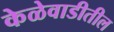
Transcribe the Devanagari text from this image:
केळेवाडीतील